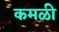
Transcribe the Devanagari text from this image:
कमळी